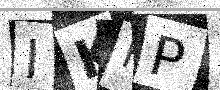
Text: IKFP